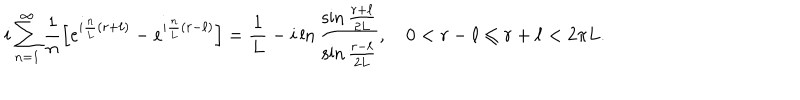
LaTeX: i \sum _ { n = 1 } ^ { \infty } { \frac { 1 } { n } } \Bigl [ e ^ { i { \frac { n } { L } } ( r + \ell ) } - e ^ { i { \frac { n } { L } } ( r - \ell ) } \Bigr ] = { \frac { 1 } { L } } - i \ln { \frac { \sin { \frac { r + \ell } { 2 L } } } { \sin { \frac { r - \ell } { 2 L } } } } , \quad 0 < r - \ell \le r + \ell < 2 \pi L .